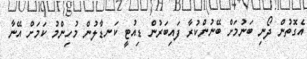
އެގޮތުން ދޯނި ބަނުމަށް ބޭނުންކުރާ ފައިބަރުން ޑިއުޓީ ކަނޑާލުން މުހިންމު ކަމަށް އޭނާ